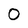
Character: 0